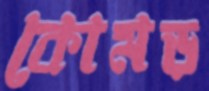
কোমড়